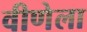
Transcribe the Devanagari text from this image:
वीणेला